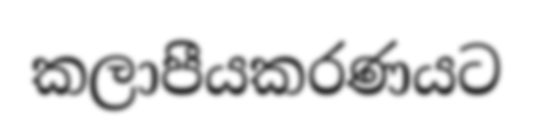
කලාපීයකරණයට